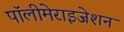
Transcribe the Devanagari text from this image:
पॉलीमेराइजेशन